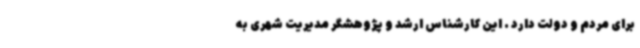
برای مردم و دولت دارد . این کارشناس ارشد و پژوهشگر مدیریت شهری به